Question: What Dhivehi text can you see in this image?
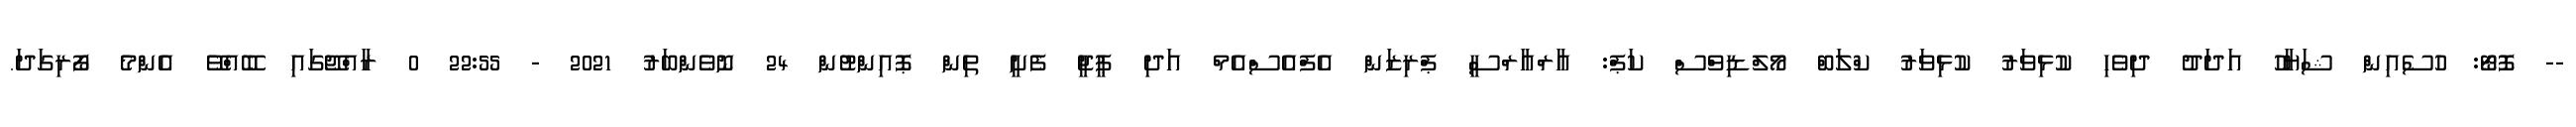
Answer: -- ފޮޓޯ: ހުސެއިން ޝަޔާހު އަދަދު ދިވެހި ކުޅިވަރު ކުޅިވަރު ކްލަބް މޯލްޑިވްސް ކަޕް: އާރްއާރްސީ ޕްރިޒަން އެފްއެސްއެމް އަދި ޕީޖީ ފެށީ ތިން ޕޮއިންޓުން 24 ނޮވެންބަރު 2021 - 22:55 0 ރާއްޖޭގައި ބޭއްވޭ އެންމެ ފޯރިގަދަ.